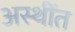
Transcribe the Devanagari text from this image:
अस्थींत